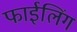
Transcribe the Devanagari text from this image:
फाईलिंग